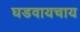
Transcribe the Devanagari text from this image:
घडवायचाय